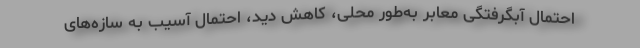
احتمال آبگرفتگی معابر به‌طور محلی، کاهش دید، احتمال آسیب به سازه‌های